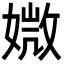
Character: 媺